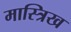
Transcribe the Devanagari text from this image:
मास्त्रिख